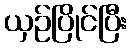
ယှဉ်ပြိုင်ပြီး